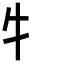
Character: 牜